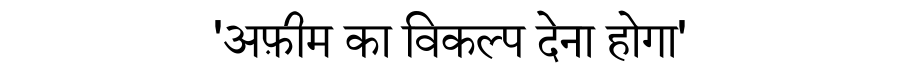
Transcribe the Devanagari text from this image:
'अफ़ीम का विकल्प देना होगा'